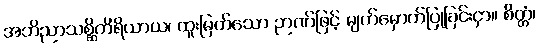
အဘိညာသစ္ဆိကိရိယာယ၊ ထူးမြတ်သော ဉာဏ်ဖြင့် မျက်မှောက်ပြုခြင်းငှာ။ စိတ္တံ၊